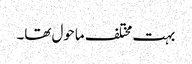
بہت مختلف ماحول تھا۔